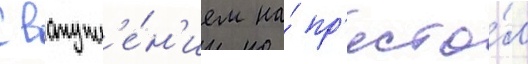
С вступл'е́н'ием на́ пр'есто́л